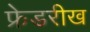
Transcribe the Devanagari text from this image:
फ्रेडरीख